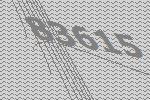
83615